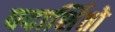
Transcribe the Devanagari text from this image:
पदार्शितो